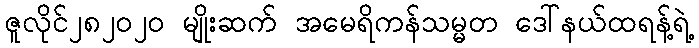
ဇူလိုင်၂၈၂၀၂၀ မျိုးဆက် အမေရိကန်သမ္မတ ဒေါ်နယ်ထရန့်ရဲ့